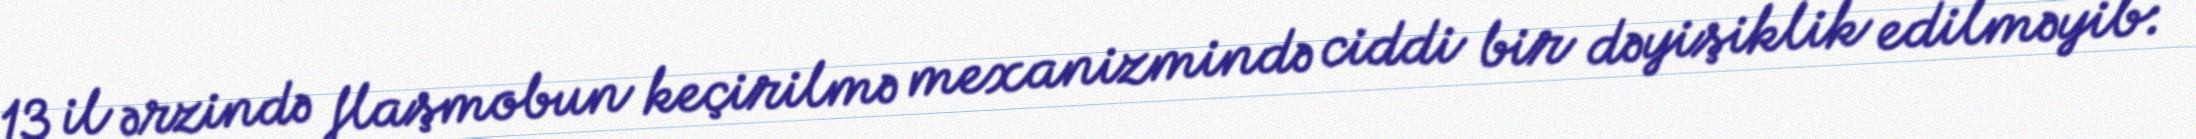
13 il ərzində flaşmobun keçirilmə mexanizmində ciddi bir dəyişiklik edilməyib: